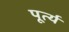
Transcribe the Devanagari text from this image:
पूर्त्य